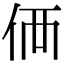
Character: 価